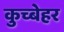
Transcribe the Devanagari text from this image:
कुच्बेहर